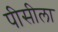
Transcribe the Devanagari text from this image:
पीसीला